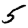
Digit: 5